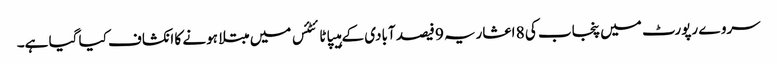
سروے رپورٹ میں پنجاب کی 8 اعشاریہ 9 فیصد آبادی کے ہیپاٹائٹئس میں مبتلا ہونے کا انکشاف کیا گیا ہے۔